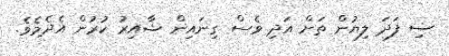
ޟި ފަދަ ލިޔުން ތަށް އަދި ވެސް ގިނައިން ޝާއިރު ކުރުން އެދެމެވެ.